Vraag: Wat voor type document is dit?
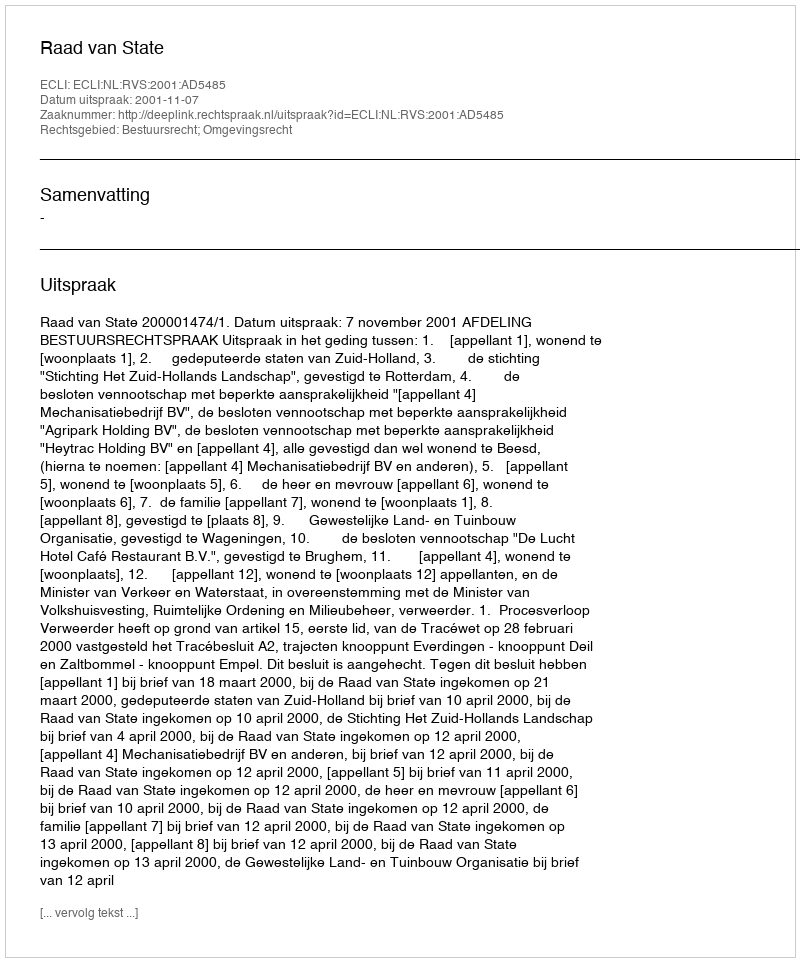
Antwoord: Uitspraak